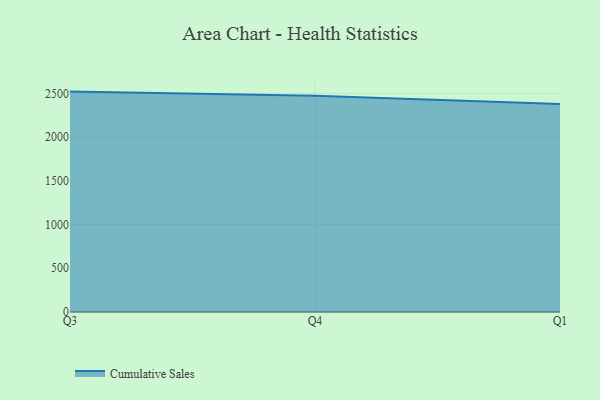
{"axis": {"x": "Quarter", "y": "Humidity (%)"}, "legend": ["Cumulative Sales"], "data": [{"x": "Q3", "y": 2520.2, "type": "Cumulative Sales"}, {"x": "Q4", "y": 2472.8, "type": "Cumulative Sales"}, {"x": "Q1", "y": 2378.0, "type": "Cumulative Sales"}]}